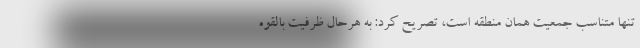
تنها متناسب جمعیت همان منطقه است، تصریح کرد: به هرحال ظرفیت بالقوه